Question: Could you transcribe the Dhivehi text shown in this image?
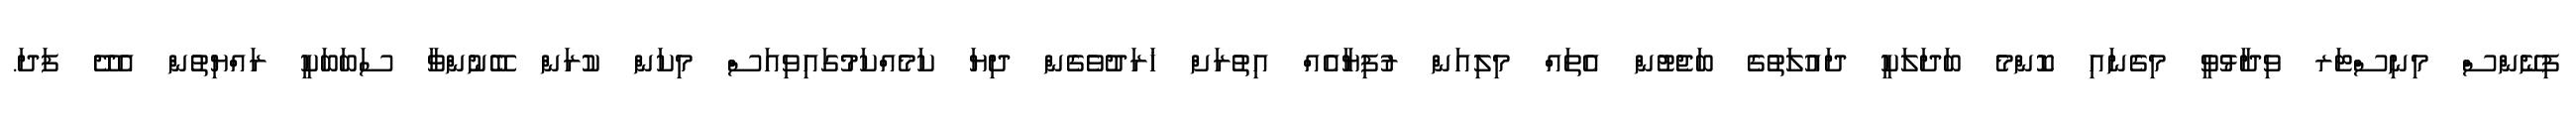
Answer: ފިނޭންސް މިނިސްޓަރ ވިދާޅުވީ މިގެނައި ކޮންމެ ބަދަލަކީ ދައުލަތުގެ ބަޖެޓުން އެތައް މިލިއަން ރުފިޔާއެއް އިތުރަށް ޚަރަދުވެގެން ދިޔަ ކަމެއްކަމުގައިވިއަސް މިކަން ކުރަން ބޭނުންވާ ސަބަބަކީ ރައްޔިތުން އެދޭ ފަދަ.